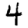
Digit: 4